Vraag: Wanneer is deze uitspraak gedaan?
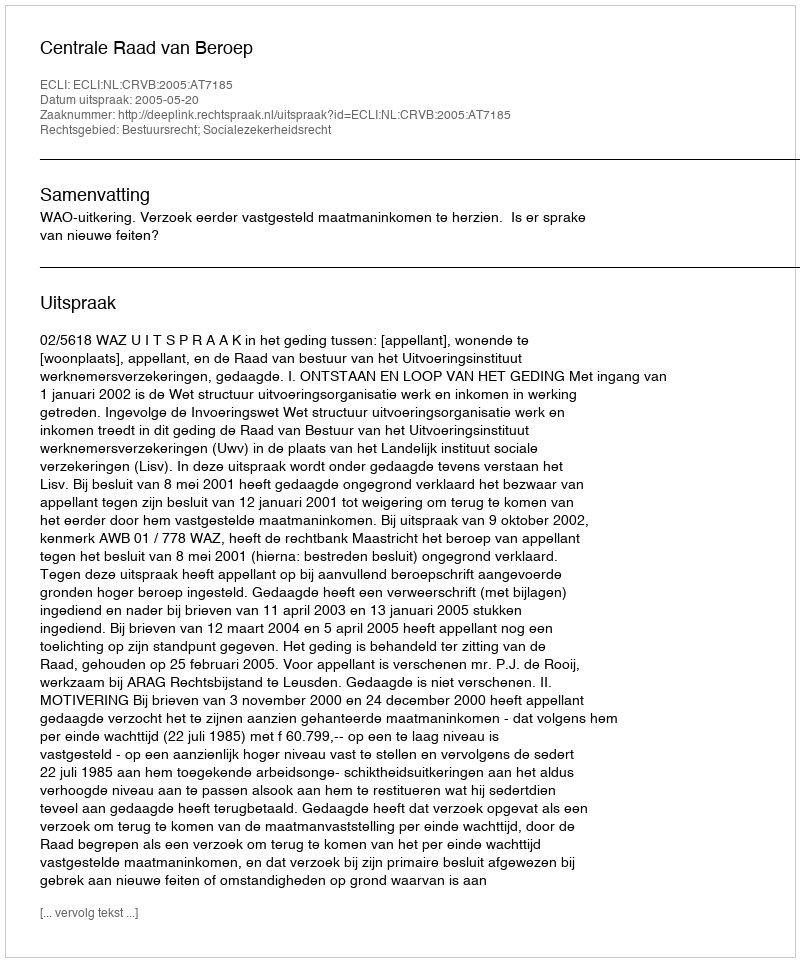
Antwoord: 2005-05-20